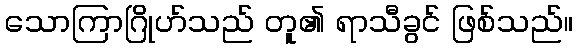
သောကြာဂြိုဟ်သည် တူ၏ ရာသီခွင် ဖြစ်သည်။